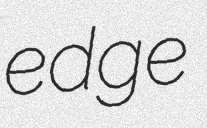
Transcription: edge